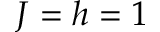
J = h = 1